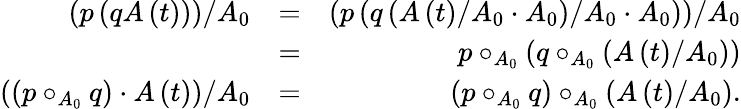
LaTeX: \begin{array}{rlr}{\left(p\left(qA\left(t\right)\right)\right)/A_{0}}&{=}&{\left(p\left(q\left(A\left(t\right)/A_{0}\cdot A_{0}\right)/A_{0}\cdot A_{0}\right)\right)/A_{0}}\\ &{=}&{p\circ_{A_{0}}\left(q\circ_{A_{0}}\left(A\left(t\right)/A_{0}\right)\right)}\\ {\left(\left(p\circ_{A_{0}}q\right)\cdot A\left(t\right)\right)/A_{0}}&{=}&{\left(p\circ_{A_{0}}q\right)\circ_{A_{0}}\left(A\left(t\right)/A_{0}\right).}\end{array}